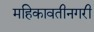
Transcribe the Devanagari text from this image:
महिकावतीनगरी